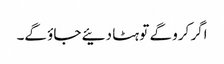
اگر کرو گے تو ہٹا دئیے جاؤ گے۔